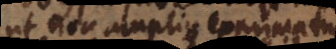
ut non amplius exprimatur,